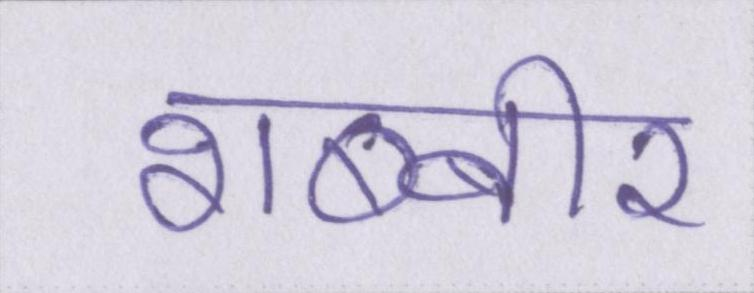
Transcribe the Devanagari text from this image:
शब्बीर